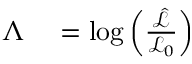
\begin{array} { r l } { \Lambda } & { { } = \log \left( \frac { \hat { \mathcal { L } } } { \mathcal { L _ { 0 } } } \right) } \end{array}